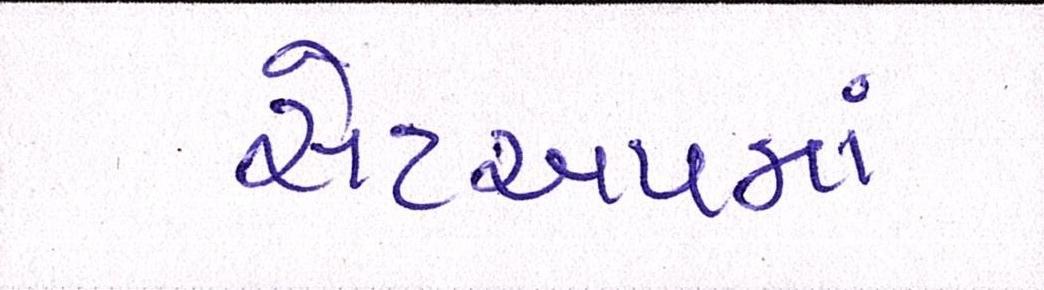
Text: સેટઅપમાં